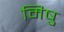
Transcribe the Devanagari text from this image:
मिषु